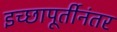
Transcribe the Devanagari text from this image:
इच्छापूर्तीनंतर